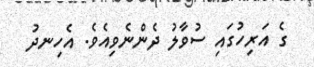
ގެ އަރިހުގައި ސުވާލު ދެންނެވިއެވެ. އެހިނދު